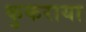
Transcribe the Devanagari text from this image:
कुकराया